Scientific memoirs by medical officers of the Army of India - Part VII,
Year: 1892
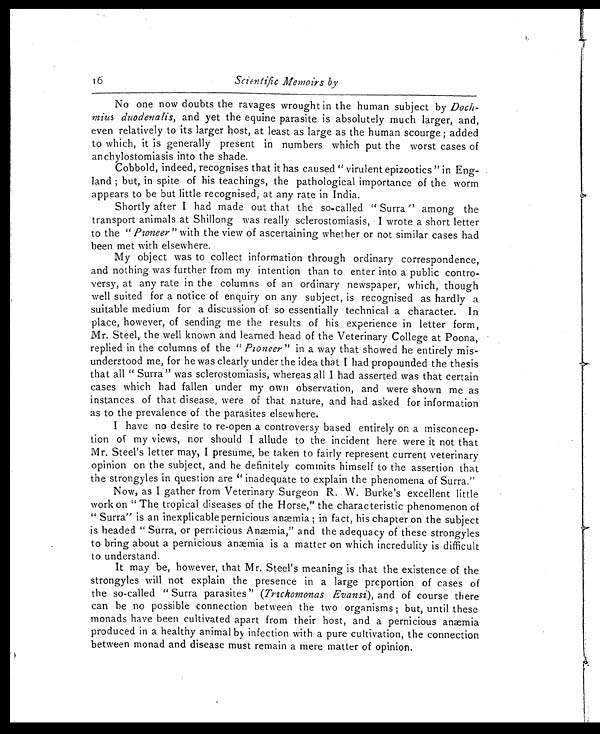
16
Scientific Memoirs by
No one now doubts the ravages wrought in the human subject by Doch-
mius duodenalis, and yet the equine parasite is absolutely much larger, and,
even relatively to its larger host, at least as large as the human scourge ; added
to which, it is generally present in numbers which put the worst cases of
an chylostomiasis into the shade.
Cobbold, indeed, recognises that it has caused " virulent epizootics " in Eng-
land ; but, in spite of his teachings, the pathological importance of the worm
appears to be but little recognised, at any rate in India.
Shortly after I had made out that the so-called " Surra " among the
transport animals at Shillong was really sclerostomiasis, I wrote a short letter
to the " Pioneer " with the view of ascertaining whether or not similar cases had
been met with elsewhere.
My object was to collect information through ordinary correspondence,
and nothing was further from my intention than to enter into a public contro-
versy, at any rate in the columns of an ordinary newspaper, which, though
well suited for a notice of enquiry on any subject, is recognised as hardly a
suitable medium for a discussion of so essentially technical a character. In
place, however, of sending me the results of his experience in letter form,
Mr. Steel, the well known and learned head of the Veterinary College at Poona,
replied in the columns of the " Pioneer " in a way that showed he entirely mis-
understood me, for he was clearly under the idea that I had propounded the thesis
that all " Surra" was sclerostomiasis, whereas all I had asserted was that certain
cases which had fallen under my own observation, and were shown me as
instances of that disease, were of that nature, and had asked for information
as to the prevalence of the parasites elsewhere.
I have no desire to re-open a controversy based entirely on a misconcep-
tion of my views, nor should I allude to the incident here were it not that
Mr. Steel's letter may, I presume, be taken to fairly represent current veterinary
opinion on the subject, and he definitely commits himself to the assertion that
the strongyles in question are " inadequate to explain the phenomena of Surra."
Now, as I gather from Veterinary Surgeon R. W. Burke's excellent little
work on " The tropical diseases of the Horse," the characteristic phenomenon of
"Surra" is an inexplicable pernicious anæmia ; in fact, his chapter on the subject
is headed " Surra, or pernicious Anæmia," and the adequacy of these strongyles
to bring about a pernicious anæmia is a matter on which incredulity is difficult
to understand.
It may be, however, that Mr. Steel's meaning is that the existence of the
strongyles will not explain the presence in a large proportion of cases of
the so-called " Surra parasites" ( Trichomonas Evansi), and of course there
can be no possible connection between the two organisms ; but, until these
monads have been cultivated apart from their host, and a pernicious anæmia
produced in a healthy animal by infection with a pure cultivation, the connection
between monad and disease must remain a mere matter of opinion.